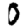
Digit: 0